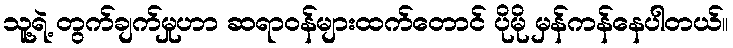
သူ့ရဲ့ တွက်ချက်မှုဟာ ဆရာဝန်များထက်တောင် ပိုမို မှန်ကန်နေပါတယ်။